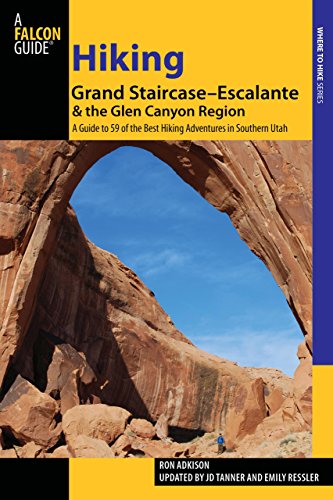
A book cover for Hiking Grand Staircase-Escalante & the Glen Canyon Region: A Guide To 59 Of The Best Hiking Adventures In Southern Utah (Regional Hiking Series); Ron Adkison; Sports & Outdoors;